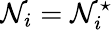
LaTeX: \mathcal{N}_{i}=\mathcal{N}_{i}^{\star}